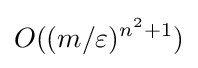
O((m/\varepsilon )^{n^{2}+1})